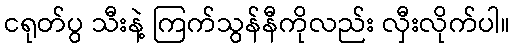
ငရုတ်ပွ သီးနဲ့ ကြက်သွန်နီကိုလည်း လှီးလိုက်ပါ။